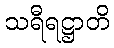
သရီရဋ္ဌာတိ